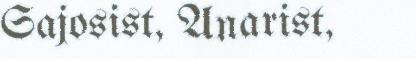
Sajosist, Anarist,